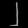
Digit: ၂